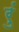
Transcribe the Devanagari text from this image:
रुं